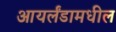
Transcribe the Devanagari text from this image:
आयर्लंडामधील